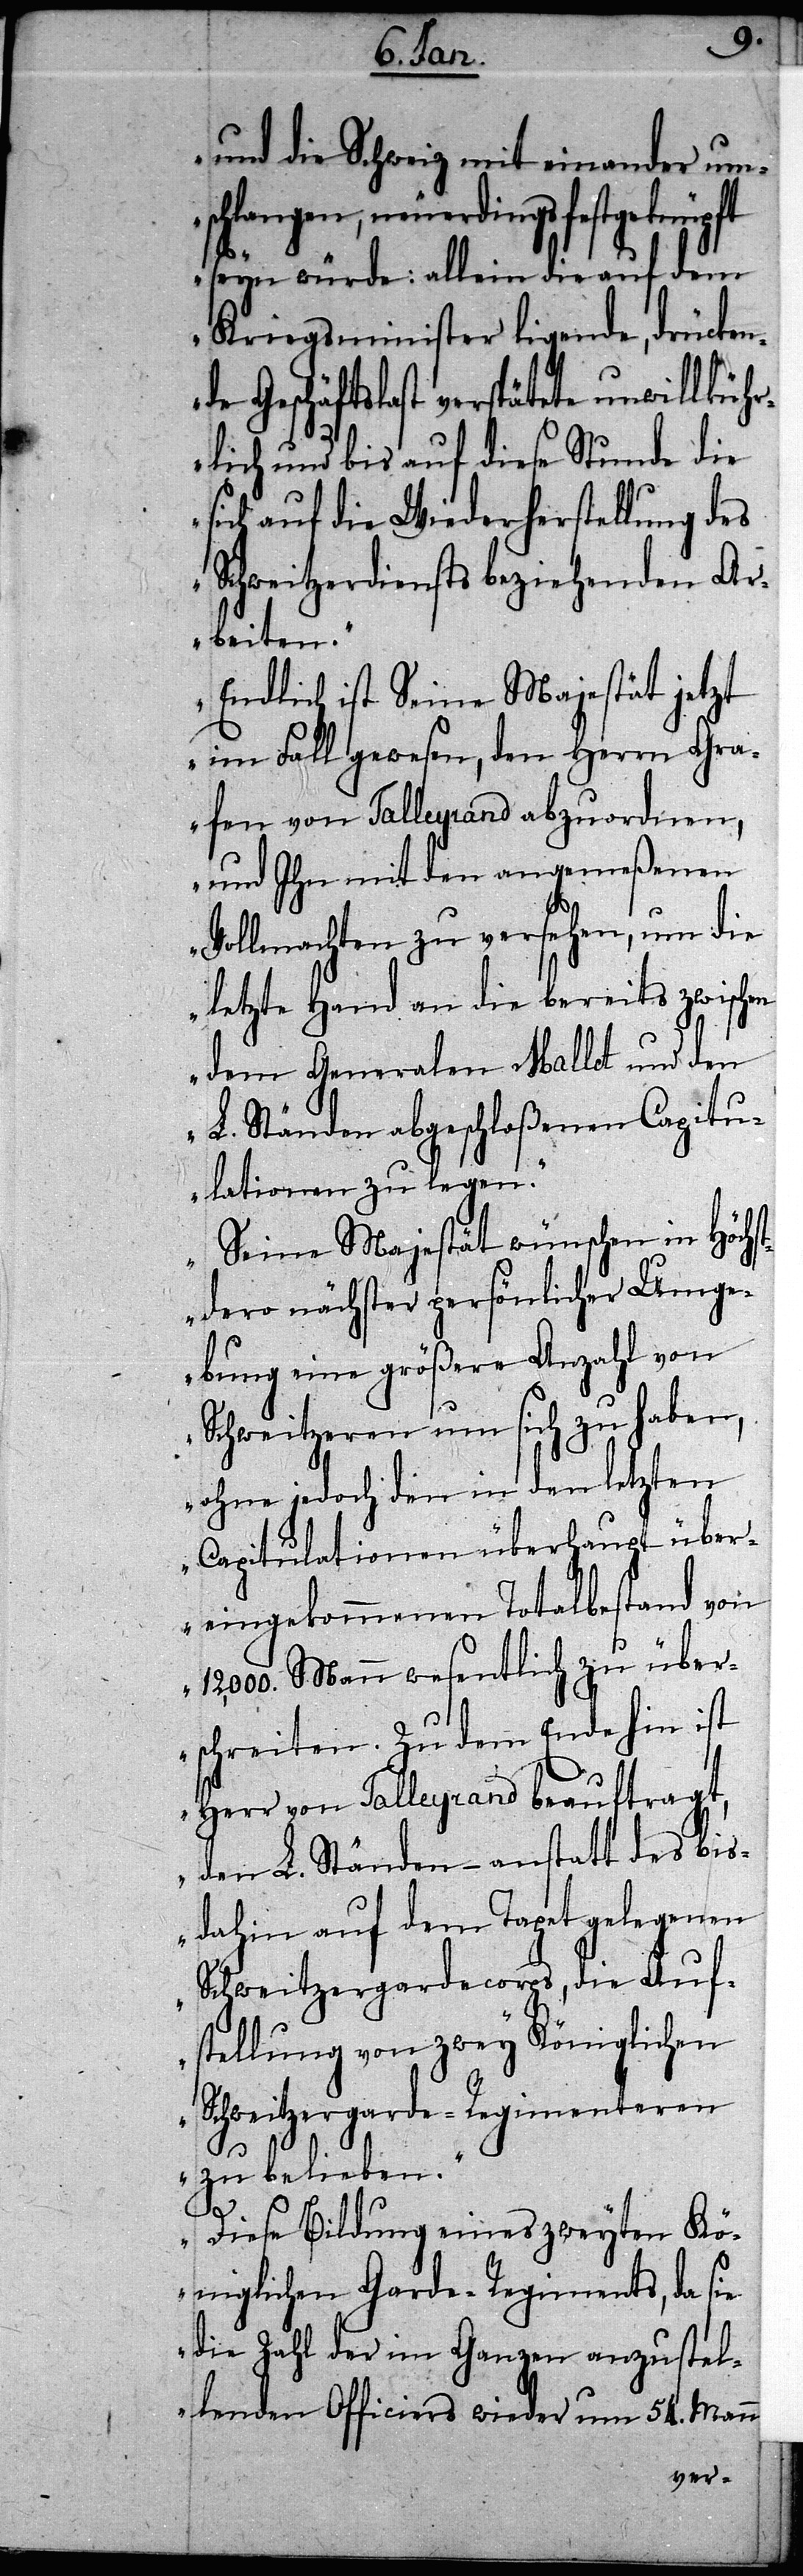
und die Schweiz mit einander um¬
schlangen, neuerdings
seyn würde: allein die auf dem
Kriegsminister ligende, drücken¬
Geschäftslast verspätete unwillküh¬
rlich und bis auf diese Stunde die
sich auf die Wiederherstellung des
Schweitzerdiensts beziehenden Ar¬
beiten.“
„Endlich ist Seine Majestät jetzt
im Fall gewesen, den Herrn Gra¬
fen von Talleyrand abzuordnen,
und Ihn mit den angemeßenen
Vollmachten zu versehen, um die
letzte Hand an die bereits zwischen
dem Generalen Mallet und den
L. Ständen abgeschloßenen Capitu¬
lationen zu legen.“
„Seine Majestät wünschen in Höchs¬
tdero nächster persönlicher Umge¬
bung eine größere Anzahl von
Schweitzeren um sich zu haben,
ohne jedoch den in den letzten
Capitulationen überhaupt über¬
eingekommenen Totalbestand von
12,000. Mann wesentlich zu über¬
schreiten. Zu dem Ende hin ist
Herr von Talleyrand beauftragt,
den L. Ständen – anstatt des bis¬
dahin auf dem Tapet gelegenen
Schweitzergardecorps, die Auf¬
stellung von zwey Königlichen
Schweitzergarde-Regimenteren
zu belieben.“
de
„Diese Bildung eines zweyten Kö¬
niglichen Garde-Regiments, da sie
die Zahl der im Ganzen anzustel¬
lenden Officiers wieder um 54. Mann